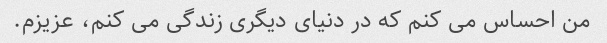
من احساس می کنم که در دنیای دیگری زندگی می کنم، عزیزم.